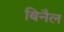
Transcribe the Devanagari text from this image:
बिनैल